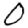
Digit: 0